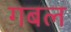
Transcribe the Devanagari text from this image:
गबल